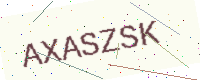
Text: AXASZSK